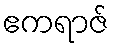
ဧကရာဇ်